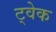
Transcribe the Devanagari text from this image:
ट्वेक